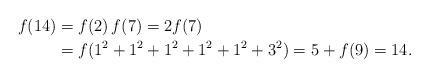
LaTeX: \begin{align*}f(14) &= f(2)\,f(7) = 2f(7) \\&= f(1^2+1^2+1^2+1^2+1^2+3^2) = 5+f(9) = 14.\end{align*}